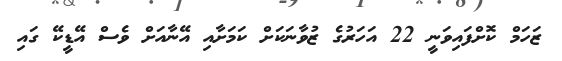
ޒަހަމް ކޮށްފައިވަނީ 22 އަހަރުގެ ޒުވާނަކަށް ކަމަށާއި އޭނާއަށް ވެސް އޭޑީކޭ ގައި